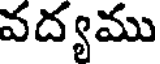
వద్యము